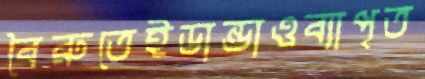
বৈরুতেইডান্ডাওব্যাপৃত